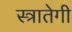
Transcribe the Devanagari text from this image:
स्त्रातेगी